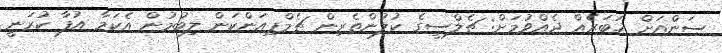
ސަންއަށް ޚަބަރެއް ދެއްވުމަށް: ޗެލްސީގެ ކުލުންތެރިން ޗެމްޕިއަންކަން ލިބުމުން އެކަމާ އުފާ ކުރަނީ